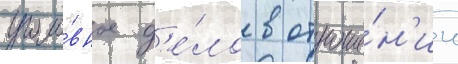
уголо́вное д'е́ло в отноше́н'ии